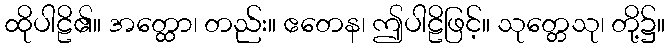
ထိုပါဠိ၏။ အတ္ထော၊ တည်း။ ဧတေန၊ ဤပါဠိဖြင့်။ သုတ္တေသု၊ တို့၌။